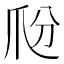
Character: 𤓼